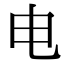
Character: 电